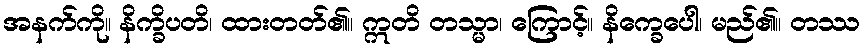
အနက်ကို။ နိက္ခိပတိ၊ ထားတတ်၏။ ဣတိ တသ္မာ၊ ကြောင့်။ နိက္ခေပေါ၊ မည်၏။ တဿ